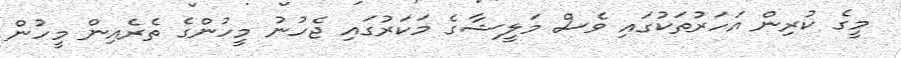
މީގެ ކުރިން އަހަރުތަކުގައި ވެސް މަލީޝާގެ މަކަރުގައި ޖެހުނު މީހުންގެ ތެރެއިން މީހުން